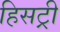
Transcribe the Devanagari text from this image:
हिसट्री